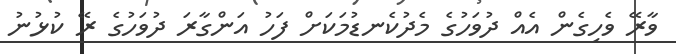
ވާރޭ ވެހިގެން އެއް ދުވަހުގެ މެދުކެނޑުމަކަށް ފަހު އަންގާރަ ދުވަހުގެ ރޭ ކުޅުނު